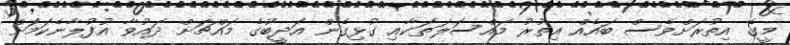
މީގެ އިތުރަށްވެސް ބައެއް އިތުރު މައްސަލަތަކާއި ގުޅިގެން އަދީބުގެ މައްޗަށް ދައުވާ އުފުލާނެކަމަށް